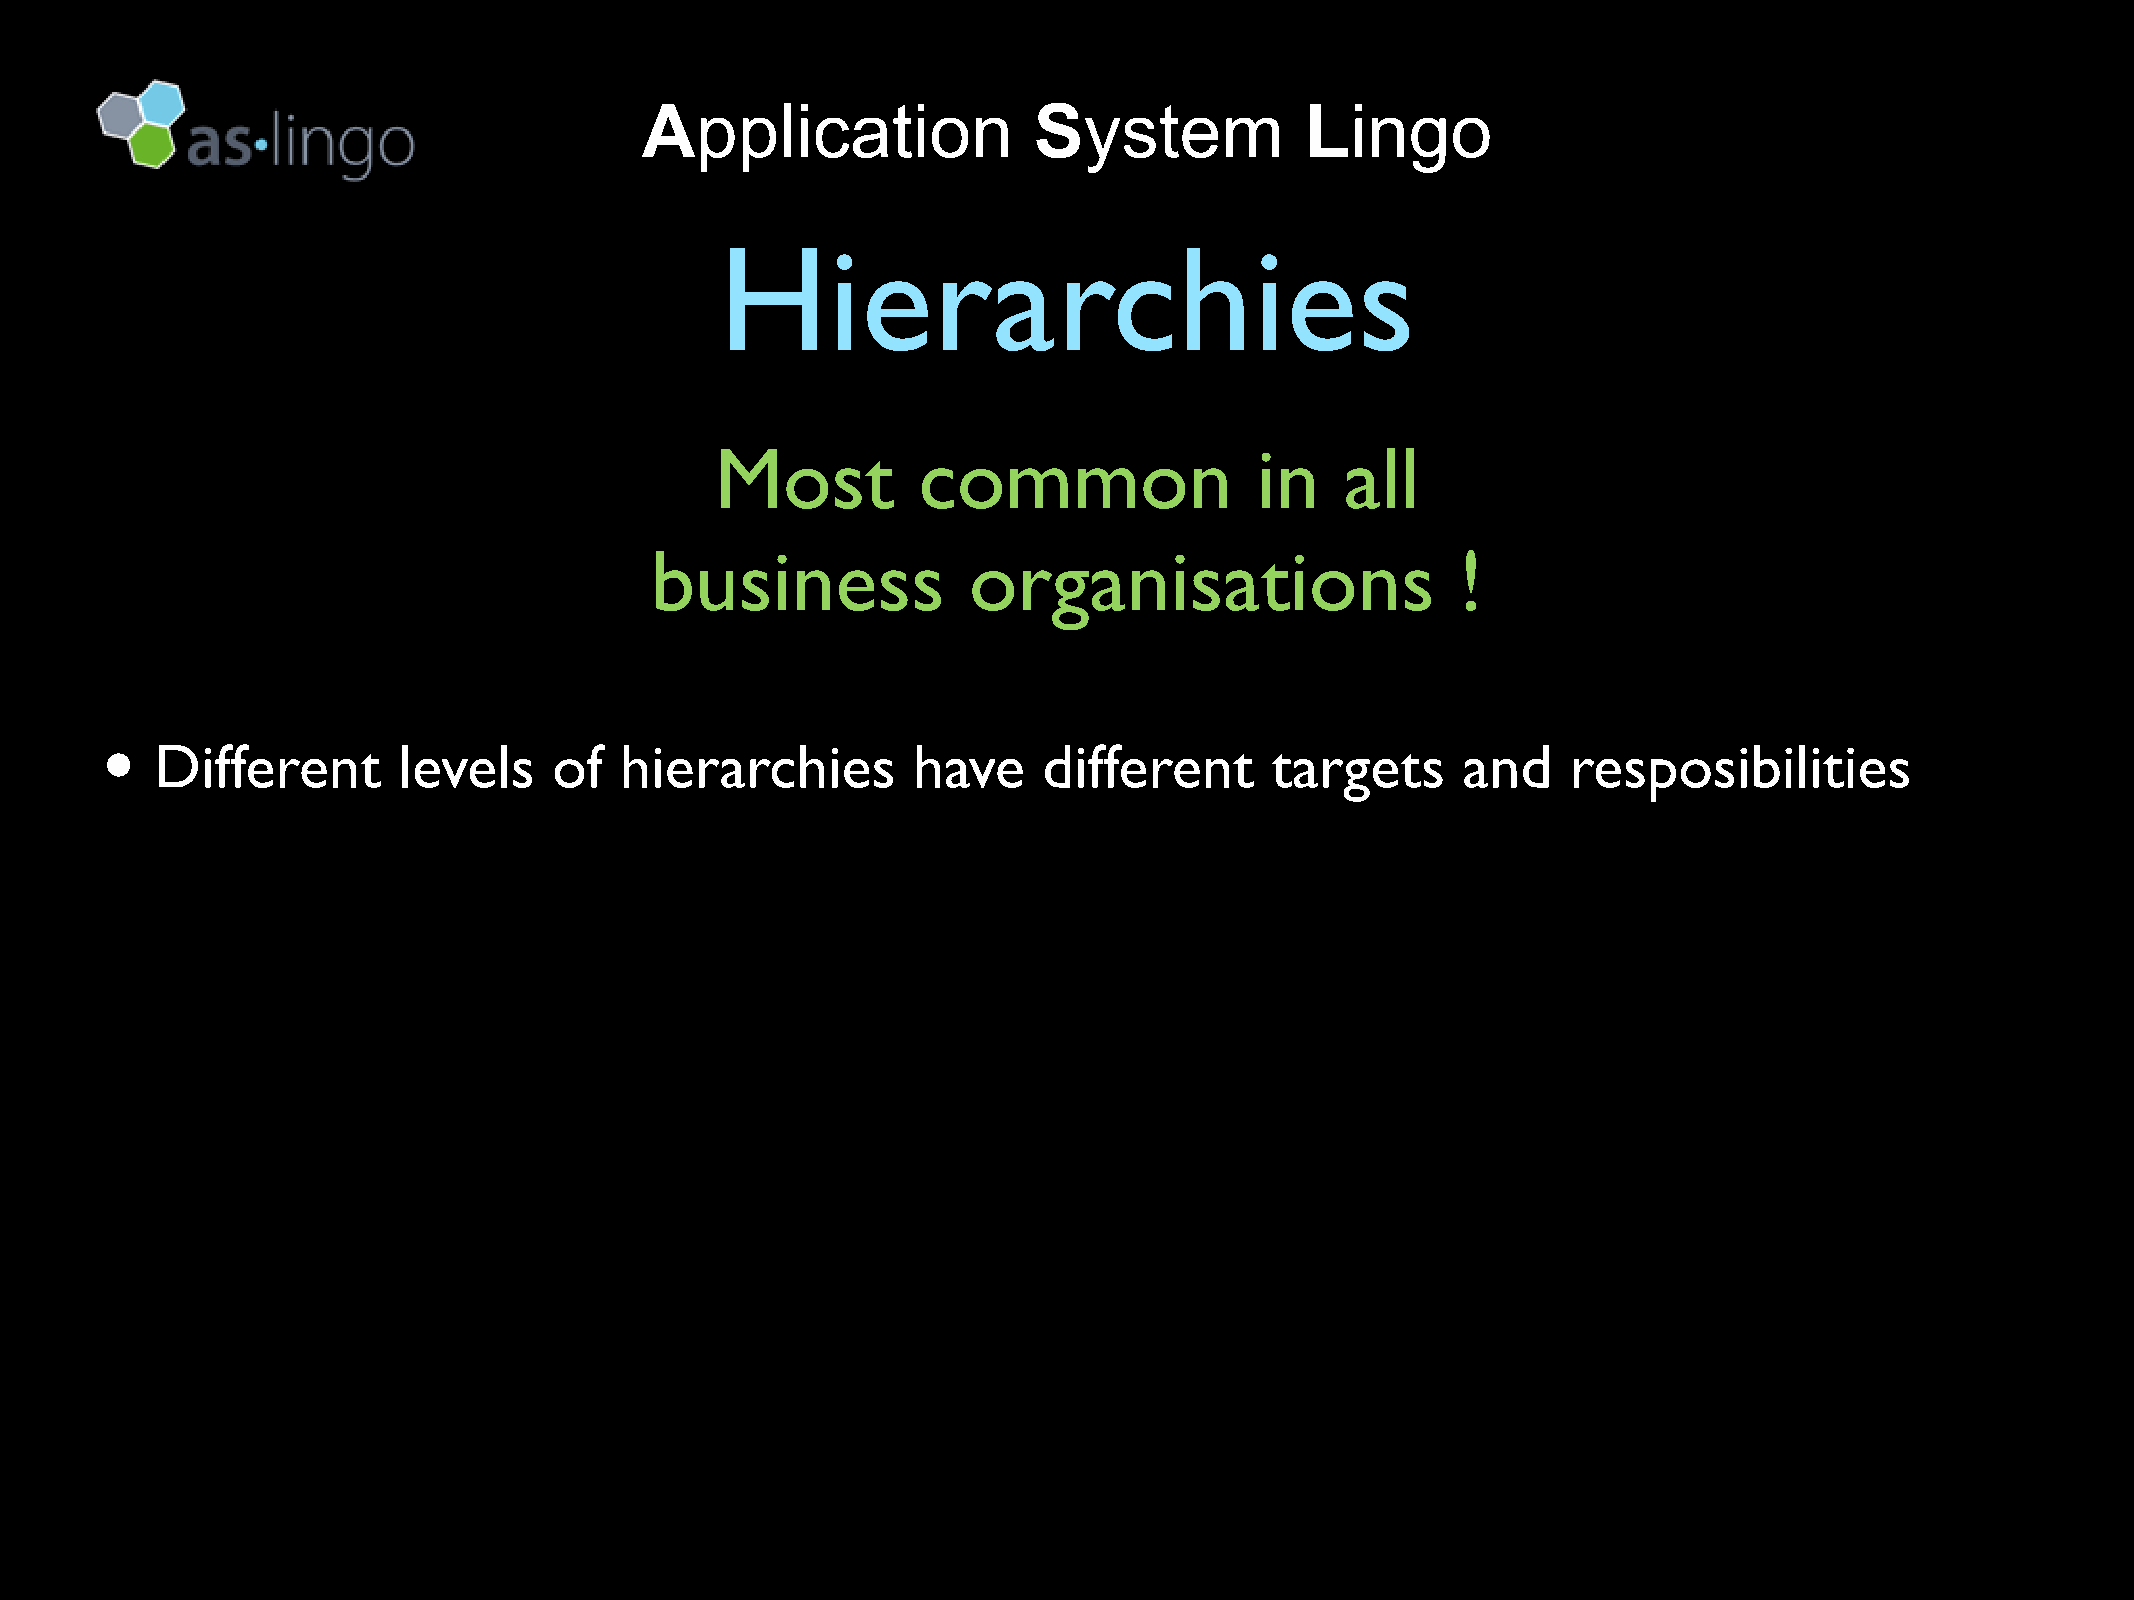
Application               System            Lingo
 Hierarchies
 Most          common                in    all
 business             organisations                    !
 •
 Different       levels     of  hierarchies        have     different      targets      and    resposibilities